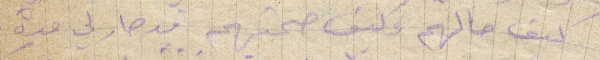
كيف حالكم وكيف صحتهم قد صار لي مدة